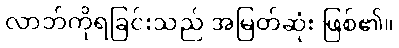
လာဘ်ကိုရခြင်းသည် အမြတ်ဆုံး ဖြစ်၏။